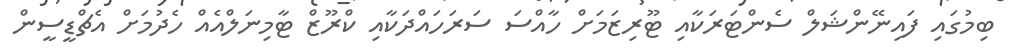
ބިމުގައި ފައިނޭންޝަލް ސެންޓަރަކާއި ޓޫރިޒަމަށް ހާއްސަ ސަރަަހައްދަކާއި ކްރޫޒް ޓާމިނަލްއެއް ހެދުމަށް އެޗްޑީސީން